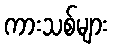
ကားသစ်များ